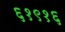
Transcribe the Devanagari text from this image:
६१९१६